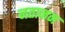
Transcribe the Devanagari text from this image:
नतानन